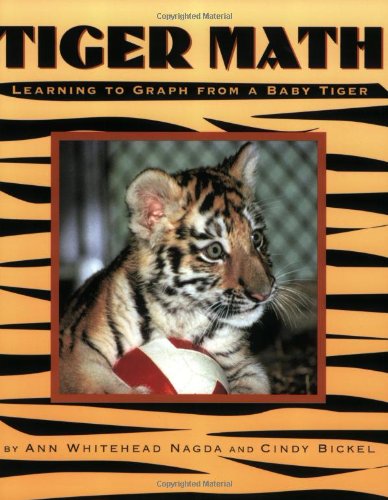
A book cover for Tiger Math: Learning to Graph from a Baby Tiger; Ann Whitehead Nagda; Children's Books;